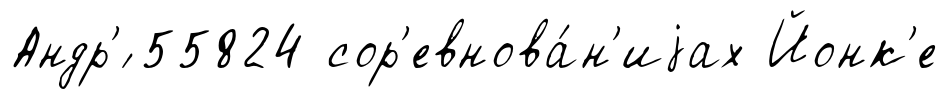
Андр'́ 55824 сор'евнова́н'иjах Йонк'е